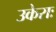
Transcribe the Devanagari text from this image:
उकेराः